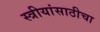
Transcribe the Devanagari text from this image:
स्त्रीयांसाठीचा